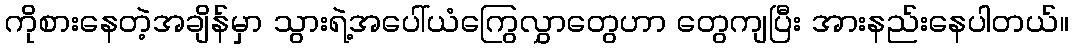
ကိုစားနေတဲ့အချိန်မှာ သွားရဲ့အပေါ်ယံကြွေလွှာတွေဟာ တွေကျပြီး အားနည်းနေပါတယ်။